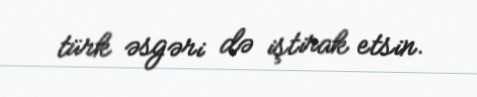
türk əsgəri də iştirak etsin.